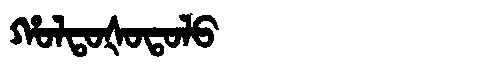
Manchu: ᡥᠣᠯᡨᠣᡧᠣᡨᠣᠯᠣ
Romanization: HOLTOŠOTOLO